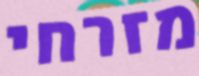
מזרחי